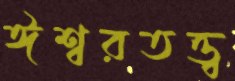
ঈশ্বরতত্ত্ব